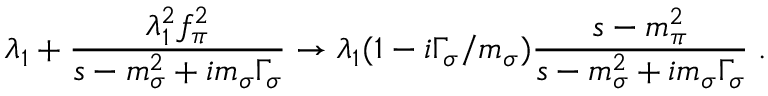
\lambda _ { 1 } + \frac { \lambda _ { 1 } ^ { 2 } f _ { \pi } ^ { 2 } } { s - m _ { \sigma } ^ { 2 } + i m _ { \sigma } \Gamma _ { \sigma } } \rightarrow \lambda _ { 1 } ( 1 - i \Gamma _ { \sigma } / m _ { \sigma } ) \frac { s - m _ { \pi } ^ { 2 } } { s - m _ { \sigma } ^ { 2 } + i m _ { \sigma } \Gamma _ { \sigma } } \; .